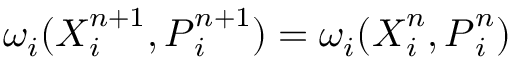
\omega _ { i } ( \ensuremath { \boldsymbol { X } } _ { i } ^ { n + 1 } , \ensuremath { \boldsymbol { P } } _ { i } ^ { n + 1 } ) = \omega _ { i } ( \ensuremath { \boldsymbol { X } } _ { i } ^ { n } , \ensuremath { \boldsymbol { P } } _ { i } ^ { n } )